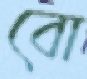
বো